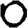
Digit: 0